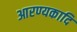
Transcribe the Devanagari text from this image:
आरण्यकादि